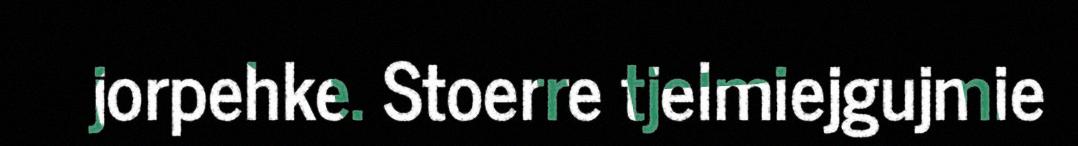
jorpehke. Stoerre tjelmiejgujmie